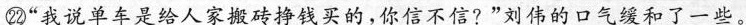
㉒”我说单车是给人家搬砖钱买的，你信不信?”刘伟的口气缓和了一些。